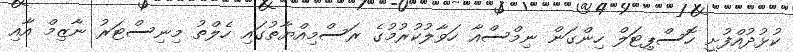
ކުޅުދުއްފުށީ ހޮސްޕިޓަލް ހިންގަން ނިމްސްއާ ހަވާލުކުރުމުގެ ރަސްމިއްޔާތުގައި ހެލްތު މިނިސްޓަރު ނާޒިމް އާއި